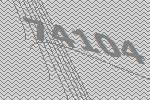
74104